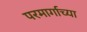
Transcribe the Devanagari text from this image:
परमार्गाच्या